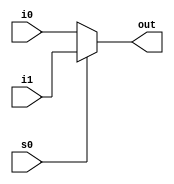
module mult2_to_1_3(out, i0,i1,s0);
output [2:0] out;
input [2:0]i0,i1;
input s0;
assign out = s0 ? i1:i0;
endmodule